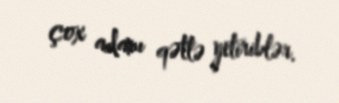
çox adamı qətlə yetiriblər.